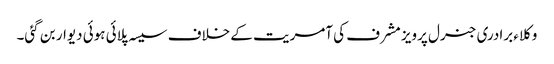
وکلاء برادری جنرل پرویز مشرف کی آمریت کے خلاف سیسہ پلائی ہوئی دیوار بن گئی۔